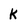
Character: K